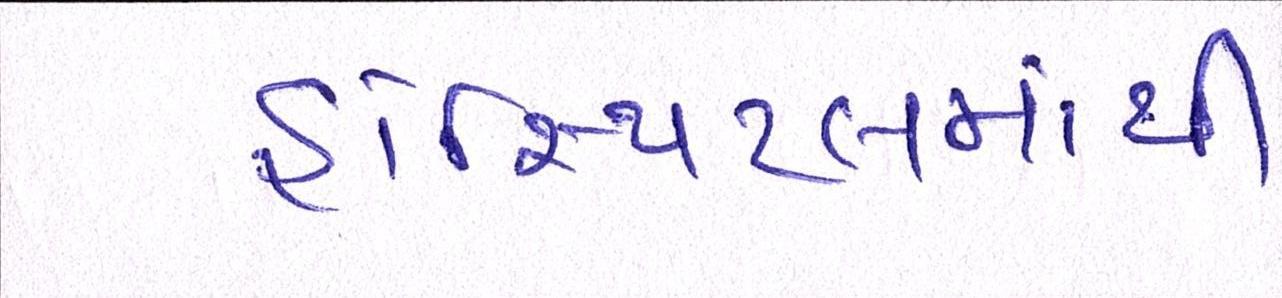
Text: હોસ્પિટલમાંથી